Report on the lunatic asylums under the Government of Bombay - 1904-1913
Year: 1904
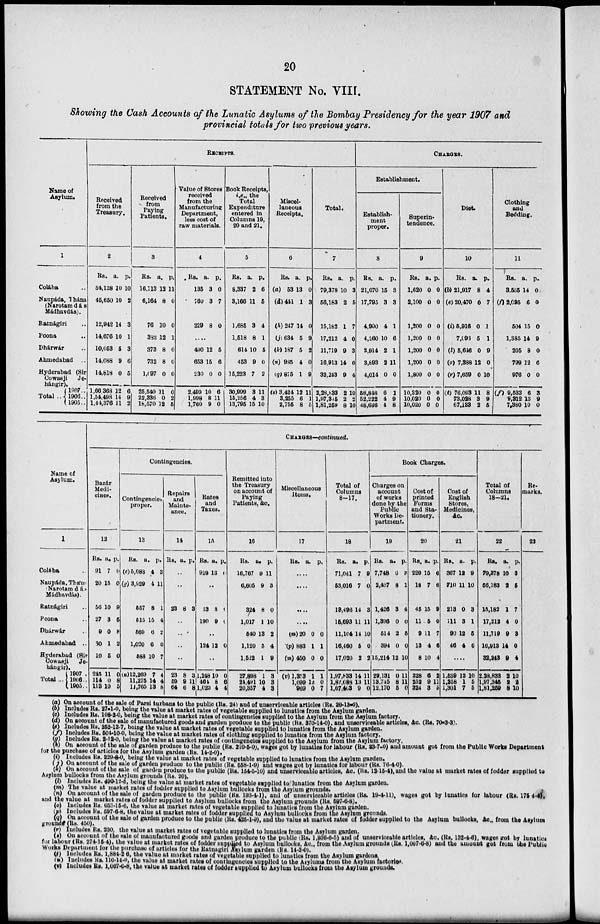
20
STATEMENT No. VIII.
Showing the Cash Accounts of the Lunatic Asylums of the Bombay Presidency for the year 1907 and
provincial totals for two previous years.
Name of
Asylum.
1
Colába ..
Naupáda, Thána
(Narotamdás
Mádhavdás).
Ratnágiri ..
Poona ..
Dhárwár ..
Ahmedabad ..
Hyderabad (Sir
Cowasji Je-
hángir).
Total ..
1907 ..
1906 ..
1905 ..
RECEIPTS.
Received
from the
Treasury.
2
Rs.
54,138
45,650
12,942
14,676
10,053
14,088
14,818
1,66,368
1,54,498
1,44,376
a.
10
10
14
10
5
9
0
12
14
11
p.
10
2
3
1
3
6
5
6
9
2
Received
from
Paying
Patients.
3
Rs.
16,713
6,164
76
382
373
732
1,097
25,540
22,336
18,570
a.
12
8
10
12
8
8
0
11
0
12
p.
11
0
0
1
0
0
0
0
2
5
Value of Stores
received
from the
Manufacturing
Department,
less cost of
raw materials.
4
Rs.
135
760
229
a.
3
3
8
p.
0
7
0
......
490
653
230
2,499
1,998
1,760
12
15
0
10
8
9
5
6
0
6
11
0
Book Receipts,
i.e., the
Total
Expenditure
entered in
Columns 19,
20 and 21.
5
Rs.
8,337
3,166
1,685
1,518
614
453
15,223
30,999
15,256
13,795
a.
2
11
3
8
10
9
7
3
4
15
p.
6
5
4
1
5
0
2
11
3
10
Miscel-
laneous
Receipts.
6
Rs.
(a) 53
(d)441
(h) 247
(j) 634
(k) 187
(n) 985
(q) 875
(s) 3,424
3,255
2,755
a.
13
1
14
5
5
4
1
12
6
8
p.
0
3
0
9
2
0
9
11
1
5
Total.
7
Rs.
79,378
56,183
15,182
17,212
11,719
16,913
32,243
2,28,833
1,97,345
1,81,259
a.
10
2
1
4
9
14
9
2
2
8
p.
3
5
7
0
3
0
4
10
2
10
CHARGES.
Establishment.
Establish-
ment
proper.
8
Rs.
21,070
17,795
4,900
4,260
2,914
3,893
4,014
58,848
52,222
48,636
a.
15
3
4
10
2
2
0
6
4
4
p.
3
3
1
6
1
11
0
1
9
8
Superin-
tendence.
9
Rs.
1,620
2,100
1,200
1,200
1,200
1,200
1,800
10,320
10,020
10,020
a.
0
0
0
0
0
0
0
0
0
0
p.
0
0
0
0
0
0
0
0
0
0
Diet.
10
Rs.
(b) 21,917
(e) 20,470
(i) 5,916
7,093
(l) 5,646
(o) 7,388
(r) 7,659
(t) 76,093
73,028
67,133
a.
8
0
0
5
0
12
0
11
3
2
p.
4
7
1
1
9
0
10
8
9
5
Clothing
and
Bedding.
11
Rs.
3,585
(f) 2,095
504
1,385
205
799
976
(f) 9,533
9,312
7,380
a.
14
6
15
14
8
12
0
6
13
10
p.
0
0
0
9
0
6
0
3
9
0
Name of
Asylum.
1
Colába
Naupáda, Thána
(Narotamdás
Madhavdás).
Ratnágiri ..
Poona ..
Dhárwár ..
Ahmedabad ..
Hyderabad (Sir
Cowasji
Je-
hángir).
Total ...
1907 ..
1906..
1905 ..
CHARGES—Continued.
Bazár
Medi-
cines.
12
Rs.
91
20
56
27
9
30
10
245
114
113
a.
7
15
10
3
0
1
5
11
0
10
p.
0
0
9
5
8
2
0
0
8
5
Contingencies.
Contingencies
proper.
13
Rs.
(c) 5,083
(g) 3,929
557
515
569
1,020
588
(u)12,269
11,275
11,765
a.
4
4
8
15
6
6
10
7
14
13
p.
3
11
1
4
2
0
7
4
4
8
Repairs
and
Mainte-
nance.
14
Rs. a. p.
..
..
23 8 3
..
..
..
..
23
59
64
8
9
6
3
11
8
Rates
and
Taxes.
15
Rs.
919
a.
13
p.
0
..
13
190
8
9
0
0
..
124 12 0
..
1,248
464
1,023
10
8
4
0
6
4
Remitted into
the Treasury
on account of
Paying
Patients, &c.
16
Rs.
16,767
6,605
324
1,017
540
1,120
1,522
27,898
24,491
20,357
a.
9
9
8
1
13
5
1
1
10
4
p.
11
3
0
10
2
4
9
3
3
3
Miscellaneous
Items.
17
Rs.
a. p.
....
....
....
....
(m) 20
(p)883
(m)450
(v) 1,353
1,099
969
0
1
0
1
12
0
0
1
0
1
0
7
Total of
Columns
8-17.
18
Rs.
71,041
53,016
13,496
15,693
11,104
16,460
17,020
1,97,833
1,82,088
1,67,463
a.
7
7
14
11
14
5
2
14
13
9
p.
9
0
3
11
10
0
2
11
11
0
Book Charges.
Charges on
account
of works
done by the
Public
Works De-
partment.
19
Rs.
7,748
2,437
1,426
1,396
514
394
15,214
29,131
13,745
12,170
a.
6
8
3
0
2
0
12
0
8
5
p.
3
1
4
0
5
0
10
11
11
0
Cost of
printed
Forms
and Sta-
tionery.
20
Rs.
220
18
45
11
9
13
8
328
252
324
a.
15
7
15
5
11
4
10
6
9
3
p.
6
6
9
0
7
6
4
2
11
5
Cost of
English
Stores,
Medicines,
&c.
21
Rs.
367
710
213
111
90
46
a.
12
11
0
3
12
4
p.
9
10
3
1
5
6
....
1,539
1,258
1,301
12
1
7
10
5
5
Total of
Columns
18-21.
22
Rs.
79,378
56,183
15,182
17,212
11,719
16,913
32,243
2,28,833
1,97,345
1,81,259
a.
10
2
1
4
9
14
9
2
2
8
p.
3
5
7
0
3
0
4
10
2
10
Re-
marks.
23
(a) On account of the sale of Parsi turbans to the public (Rs. 24) and of unserviceable articles (Rs. 29-13-0).
(b) Includes Rs. 27-1-0, being the value at market rates of vegetable supplied to lunatics from the Asylum garden.
(c) Includes Rs. 108-2-0, being the value at market rates of contingencies supplied to the Asylum from the Asylum factory.
(d) On account of the sale of manufactured goods and garden produce to the public (Rs. 370-14-0), and unserviceable articles, &c. (Rs. 70-3-3).
(e) Includes Rs. 252-13-7, being the value at market rates of vegetable supplied to lunatics from the Asylum garden.
(f) Includes Rs. 504-10-0, being the value at market rates of clothing supplied to lunatics from the Asylum factory.
(g) Includes Rs. 2-12-0, being the value at market rates of contingencies supplied to the Asylum from the Asylum factory.
(h) On account of the sale of garden produce to the public (Rs. 210-5-0), wages got by lunatics for labour (Rs. 23-7-0) and amount got from the Public Works Department
for the purchase of articles for the Asylum garden (Rs. 14-2-0).
(i) Includes Rs. 229-8-0, being the value at market rates of vegetable supplied to lunatics from the Asylum garden.
(j) On account of the sale of garden produce to the public (Rs. 558-1-9) and wages got by lunatics for labour (Rs. 76-4-0).
(k) On account of the sale of garden produce to the public (Rs. 154-5-10) and unserviceable articles, &c. (Rs. 12-15-4), and the value at market rates of fodder supplied to
Asylum bullocks from the Asylum grounds (Rs. 20).
(l) Includes Rs. 490-12-5, being the value at market rates of vegetable supplied to lunatics from the Asylum garden.
(m) The value at market rates of fodder supplied to Asylum bullocks from the Asylum grounds.
(n) On account of the sale of garden produce to the public (Rs. 193-4-1), and of unserviceable articles (Rs. 19-4-11), wages got by lunatics for labour (Rs. 175-4
and the value at market rates of fodder supplied to Asylum bullocks from the Asylum grounds (Rs. 597-6-8).
(o) Includes Rs. 653-15-6, the value at market rates of vegetable supplied to lunatics from the Asylum garden.
(p) Includes Rs. 597-6-8, the value at market rates of fodder supplied to Asylum bullocks from the Asylum grounds.
(q) On account of the sale of garden produce to the public (Rs. 425-1-9), and the value at market rates of fodder supplied to the Asylum bullocks, &c., from the Asylum
grounds (Rs. 450).
(r) Includes Rs. 230, the value at market rates of vegetable supplied to lunatics from the Asylum garden.
(s) On account of the sale of manufactured goods and garden produce to the public (Rs. 1,936-0-5) and of unserviceable articles, &c. (Rs. 132-4-6), wages got by lunatics
for labour (Rs. 274-15-4), the value at market rates of fodder supplied to Asylum bullocks, &c., from the Asylum grounds (Rs. 1,067-6-8) and the amount got from the Public
Works Department for the purchase of articles for the Ratnagiri Asylum garden (Rs. 14-2-0).
(t) Includes Rs. 1,884-2-6, the value at market rates of vegetable supplied to lunatics from the Asylum gardens.
(u) Includes Rs. 110-14-0, the value at market rates of contingencies supplied to the Asylums from the Asylum factories.
(v) Includes Rs. 1,067-6-8, the value at market rates of fodder supplied to Asylum bullocks from the Asylum grounds.